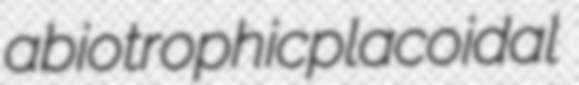
abiotrophic placoidal